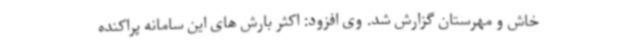
خاش و مهرستان گزارش شد. وی افزود: اکثر بارش های این سامانه پراکنده